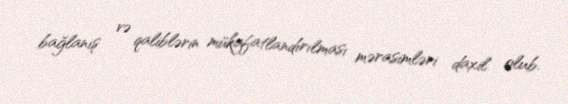
bağlanış və qaliblərin mükafatlandırılması mərasimləri daxil olub.